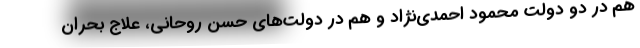
هم در دو دولت محمود احمدی‌نژاد و هم در دولت‌های حسن روحانی، علاج بحران